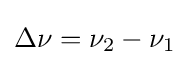
\Delta \nu =\nu _{2}-\nu _{1}